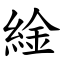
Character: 䋮